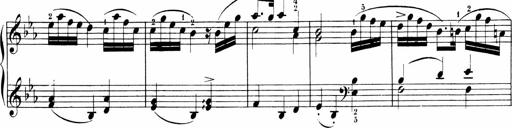
Title: 6 Sonatinas
Composer: Carl Reinecke